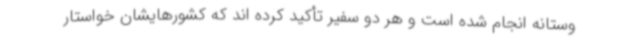
وستانه انجام شده است و هر دو سفیر تأکید کرده اند که کشورهایشان خواستار